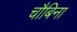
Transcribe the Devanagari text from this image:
चौबिना